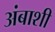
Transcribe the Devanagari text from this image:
अंबाशी